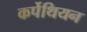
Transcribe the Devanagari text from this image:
कर्पेथियन